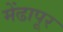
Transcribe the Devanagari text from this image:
मेंढापूर